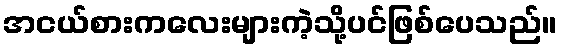
အငယ်စားကလေးများကဲ့သို့ပင်ဖြစ်ပေသည်။